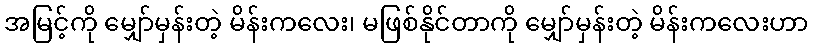
အမြင့်ကို မျှော်မှန်းတဲ့ မိန်းကလေး၊ မဖြစ်နိုင်တာကို မျှော်မှန်းတဲ့ မိန်းကလေးဟာ